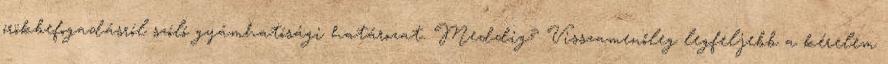
örökbefogadásról szóló gyámhatósági határozat. Meddig? Visszamenőleg legfeljebb a kérelem